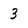
Character: 3